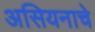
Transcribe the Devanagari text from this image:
असियनाचे